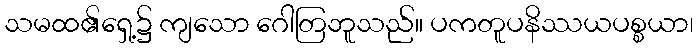
သမထ၏ရှေ့၌ ကျသော ဂေါတြဘူသည်။ ပကတူပနိဿယပစ္စယာ၊